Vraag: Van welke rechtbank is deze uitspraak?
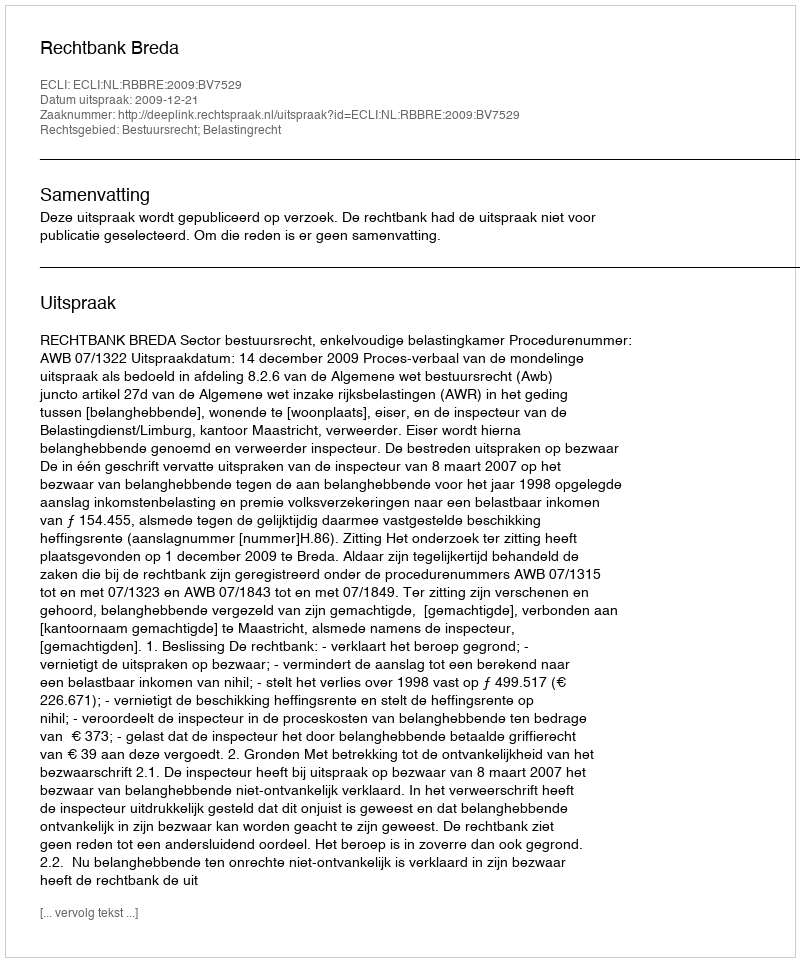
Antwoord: Rechtbank Breda